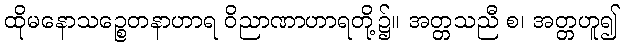
ထိုမနောသဉ္စေတနာဟာရ ဝိညာဏာဟာရတို့၌။ အတ္တသညီ စ၊ အတ္တဟူ၍